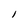
Character: l